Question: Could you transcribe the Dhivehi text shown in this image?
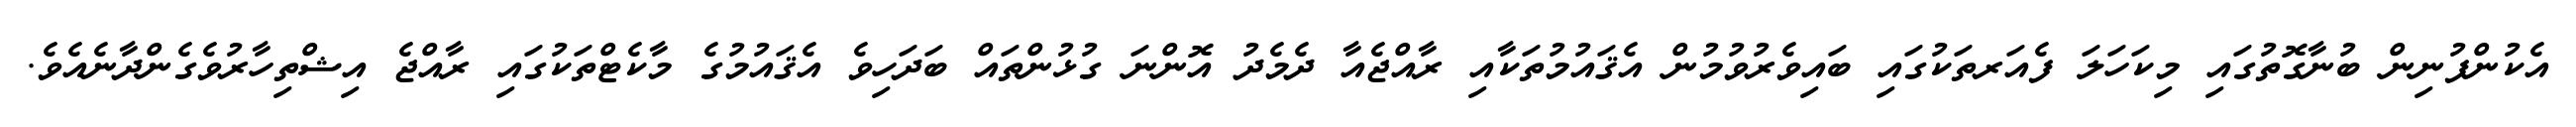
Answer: އެކުންފުނިން ބުނާގޮތުގައި މިކަހަލަ ފެއަރތަކުގައި ބައިވެރުވުމުން އެޤައުމުތަކާއި ރާއްޖެއާ ދެމެދު އޮންނަ ގުޅުންތައް ބަދަހިވެ އެޤައުމުގެ މާކެޓްތަކުގައި ރާއްޖެ އިޝްތިހާރުވެގެންދާނެއެވެ.